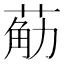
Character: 𮏴